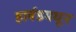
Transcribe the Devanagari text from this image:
हार्वडमधून